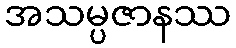
အသမ္ပဇာနဿ